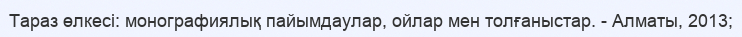
Тараз өлкесі: монографиялық пайымдаулар, ойлар мен толғаныстар. - Алматы, 2013;